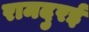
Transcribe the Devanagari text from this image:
रामदुरई